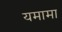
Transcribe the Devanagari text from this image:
यमामा